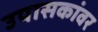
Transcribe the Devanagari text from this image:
उपासकांवर